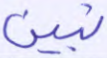
نبين